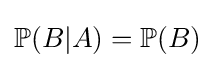
\mathbb {P} (B|A)=\mathbb {P} (B)